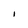
Character: I